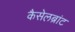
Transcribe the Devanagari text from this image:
कैसेलब्रांट